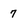
Character: 7